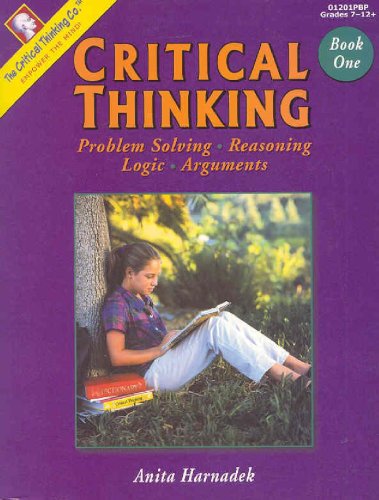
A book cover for Critical Thinking Book One (Grades 7-12); Anita Harnadek; Teen & Young Adult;